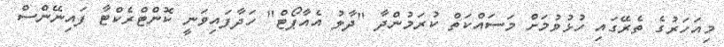
މިއަހަރުގެ ތެރޭގައި ހުޅުވުމަށް މަސައްކަތް ކުރަމުންދާ "ދާލު އެއާޕޯޓް" ހަދާފައިވަނީ ކޮންޓްރެކްޓާ ފައިނޭންސް